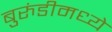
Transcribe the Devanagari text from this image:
बुरुंडीमध्ये